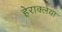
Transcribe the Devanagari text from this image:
हेराक्लेया